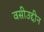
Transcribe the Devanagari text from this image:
वसीउद्दीन